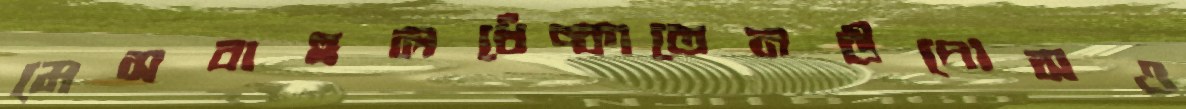
মেসবাহুলখেঁচ্‌কাতেনউপোসও